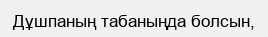
Дұшпаның табаныңда болсын,